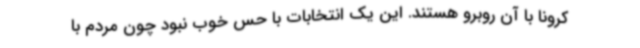
کرونا با آن روبرو هستند. این یک انتخابات با حس خوب نبود چون مردم با